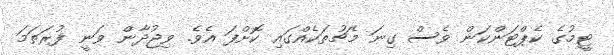
ޓީމުގެ ކެޕްޓަންކަން ވެސް ގިނަ މެޗުތަކެއްގައި ކޮށްފަ އެވެ. ވިޖުދާން ވަނީ ފުރަތަމަ